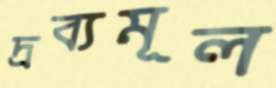
দ্রব্যমূল